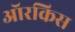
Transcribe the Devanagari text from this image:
ऑरकिस